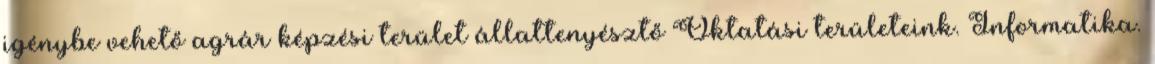
igénybe vehető agrár képzési terület állattenyésztő Oktatási területeink. Informatika.